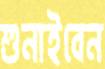
শুনাইবেন